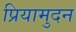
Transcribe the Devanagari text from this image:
प्रियामुदन